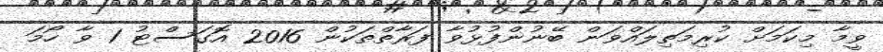
ވީމާ މިކަމަށް ކުރިމަތިލައްވަން ބޭނުންފުޅުވާ ފަރާތްތަކުން 2016 އޮގަސްޓު 1 ވާ ހޯމަ